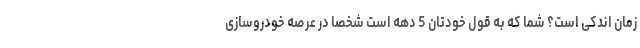
زمان اندکی است؟ شما که به قول خودتان 5 دهه است شخصاً در عرصه خودروسازی